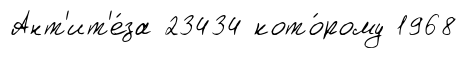
Ант'ит'е́за 23434 кото́рому 1968